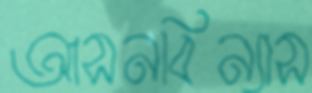
আসনবিন্যাস